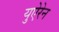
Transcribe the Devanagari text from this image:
युऐरेन